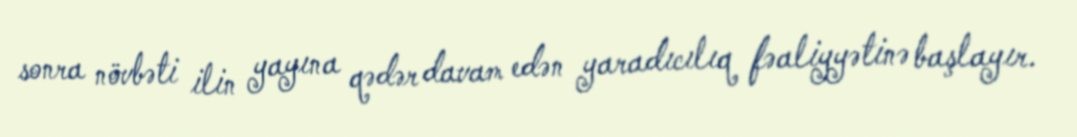
sonra növbəti ilin yayına qədər davam edən yaradıcılıq fəaliyyətinə başlayır.